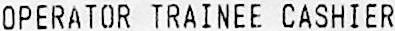
OPERATOR TRAINEE CASHIER